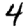
Digit: 4